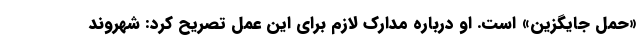
«حمل جایگزین» است. او درباره مدارک لازم برای این عمل تصریح کرد: شهروند